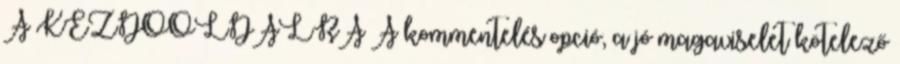
A KEZDŐOLDALRA A kommentelés opció, a jó magaviselet kötelező